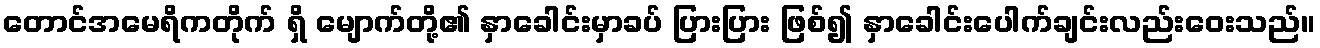
တောင်အမေရိကတိုက် ရှိ မျောက်တို့၏ နှာခေါင်းမှာခပ် ပြားပြား ဖြစ်၍ နှာခေါင်းပေါက်ချင်းလည်းဝေးသည်။